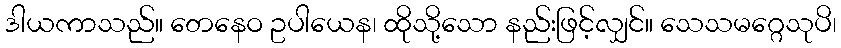
ဒါယကာသည်။ တေနေဝ ဥပါယေန၊ ထိုသို့သော နည်းဖြင့်လျှင်။ သေသမဂ္ဂေသုပိ၊